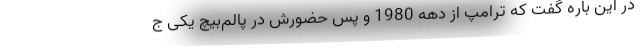
در این باره گفت که ترامپ از دهه 1980 و پس حضورش در پالم‌بیچ یکی ج